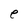
Character: e